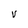
Character: V